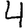
Digit: 4